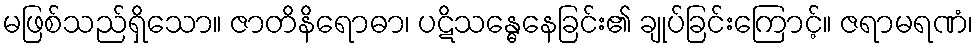
မဖြစ်သည်ရှိသော။ ဇာတိနိရောဓာ၊ ပဋိသန္ဓေနေခြင်း၏ ချုပ်ခြင်းကြောင့်။ ဇရာမရဏံ၊